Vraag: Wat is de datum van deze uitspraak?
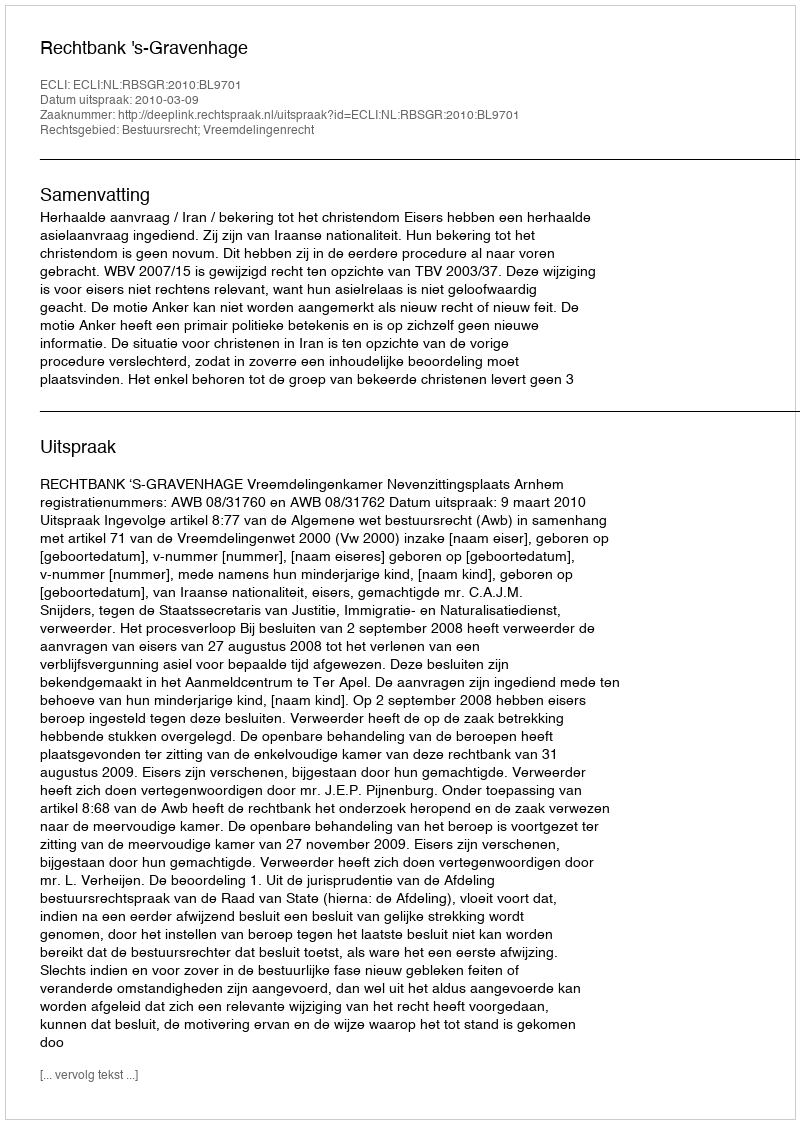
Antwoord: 2010-03-09